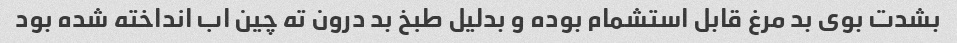
بشدت بوی بد مرغ قابل استشمام بوده و بدلیل طبخ بد درون ته چین اب انداخته شده بود